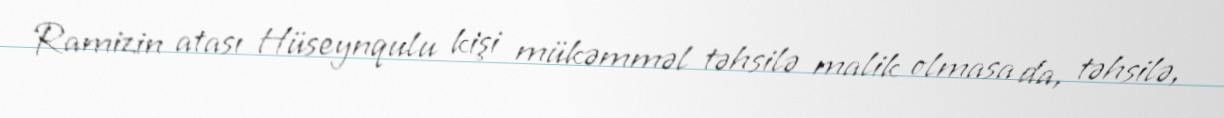
Ramizin atası Hüseynqulu kişi mükəmməl təhsilə malik olmasa da, təhsilə,